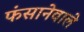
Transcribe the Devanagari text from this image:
फंसानेवाले